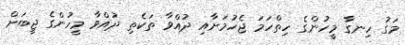
މަގު ހިނގާ މީހުންގެ ހިތްހަމަ ޖެހުމަށާއި ދުއްވާ ތަކެތި ދުއްވާ މީހުންގެ ޖީބަށް